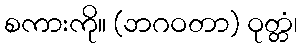
စကားကို။ (ဘဂဝတာ) ဝုတ္တံ၊